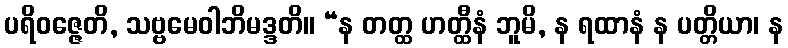
ပရိဝဇ္ဇေတိ, သဗ္ဗမေဝါဘိမဒ္ဒတိ။ “န တတ္ထ ဟတ္ထီနံ ဘူမိ, န ရထာနံ န ပတ္တိယာ၊ န